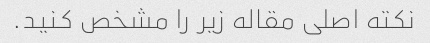
نکته اصلی مقاله زیر را مشخص کنید.